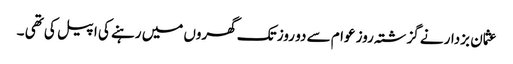
عثمان بزدار نے گزشتہ روز عوام سے دو روز تک گھروں میں رہنے کی اپیل کی تھی ۔